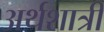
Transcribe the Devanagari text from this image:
अर्थशात्री